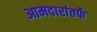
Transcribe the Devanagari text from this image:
आमदारांतर्फे